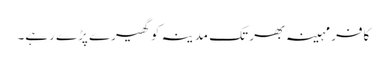
کافر مہینہ بھر تک مدینہ کو گھیرے پڑے رہے۔